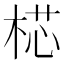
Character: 𣔀